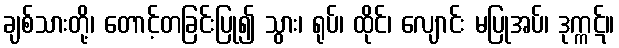
ချစ်သားတို့၊ တောင့်တခြင်းပြု၍ သွား၊ ရုပ်၊ ထိုင်၊ လျောင်း မပြုအပ်၊ ဒုက္ကဋ်။